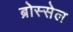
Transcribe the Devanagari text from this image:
ब्रोस्सेल